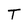
Character: T